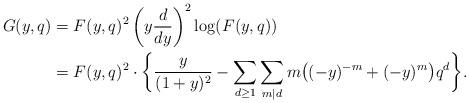
LaTeX: \begin{align*}G(y,q) & = F(y,q)^2 \left( y \frac{d}{dy} \right)^2 \log( F(y,q) ) \\& = F(y,q)^2 \cdot \bigg\{ \frac{y}{(1+y)^2} - \sum_{d \geq 1} \sum_{m | d} m \big( (-y)^{-m} + (-y)^m \big) q^d \bigg\}.\end{align*}